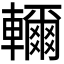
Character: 𮝭